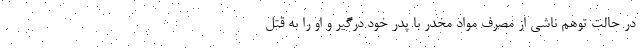
در حالت توهم ناشی از مصرف مواد مخدر با پدر خود درگیر و او را به قتل